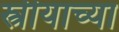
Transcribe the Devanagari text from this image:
स्त्रीयाच्या